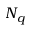
N _ { q }